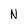
Character: N